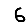
Digit: 6